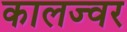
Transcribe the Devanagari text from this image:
कालज्वर